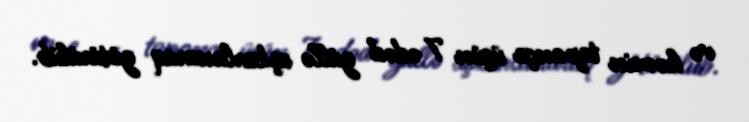
və həmin tapança üçün 7 ədəd güllə aşkarlanaraq götürülüb.